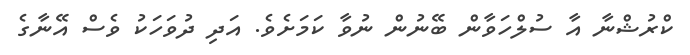
ކްރުޝްނާ އާ ސުލްހަވާން ބޭނުން ނުވާ ކަމަށެވެ. އަދި ދުވަހަކު ވެސް އޭނާގެ